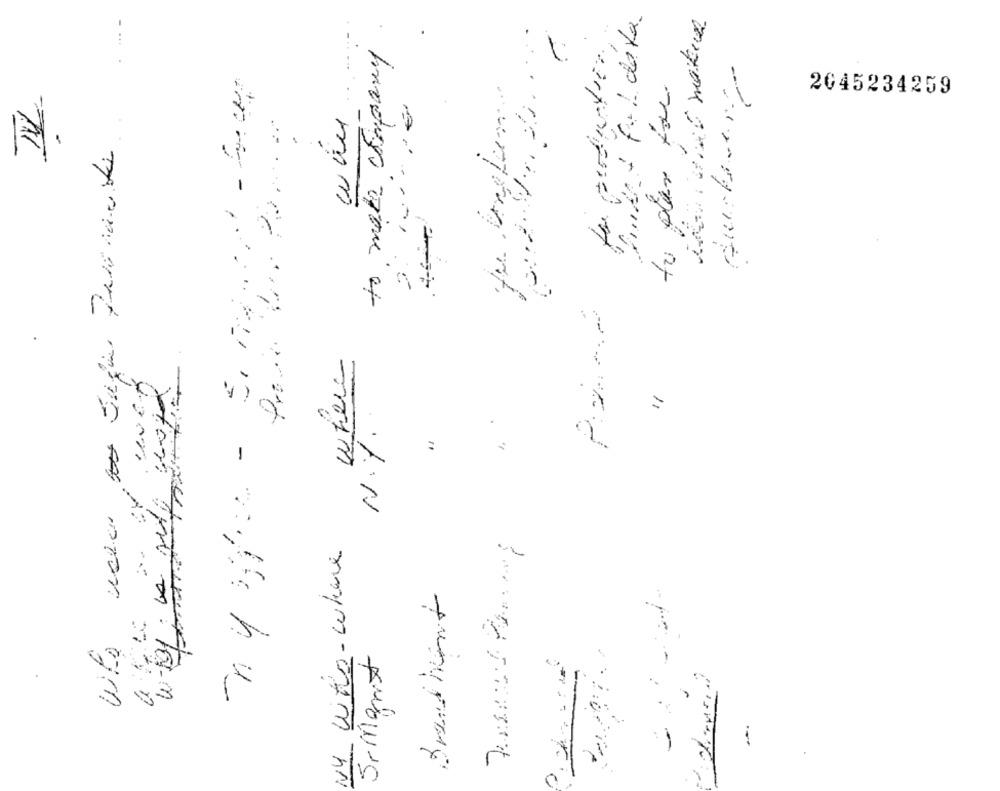
And a fal data.
Hunter"
to make company
tu dier tor.
2045234259
where
N.1.
"1
NY Who-where
Branchant
Sement